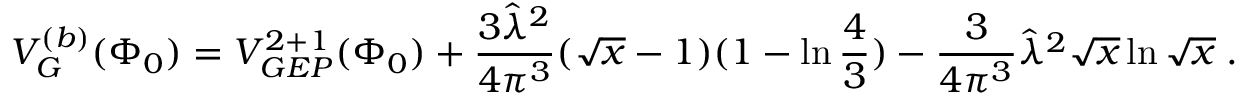
V _ { G } ^ { ( b ) } ( \Phi _ { 0 } ) = V _ { G E P } ^ { 2 + 1 } ( \Phi _ { 0 } ) + \frac { 3 { \hat { \lambda } } ^ { 2 } } { 4 \pi ^ { 3 } } ( \sqrt { x } - 1 ) ( 1 - \ln { \frac { 4 } { 3 } } ) - { \frac { 3 } { 4 \pi ^ { 3 } } } { \hat { \lambda } } ^ { 2 } \sqrt { x } \ln \sqrt { x } \; .